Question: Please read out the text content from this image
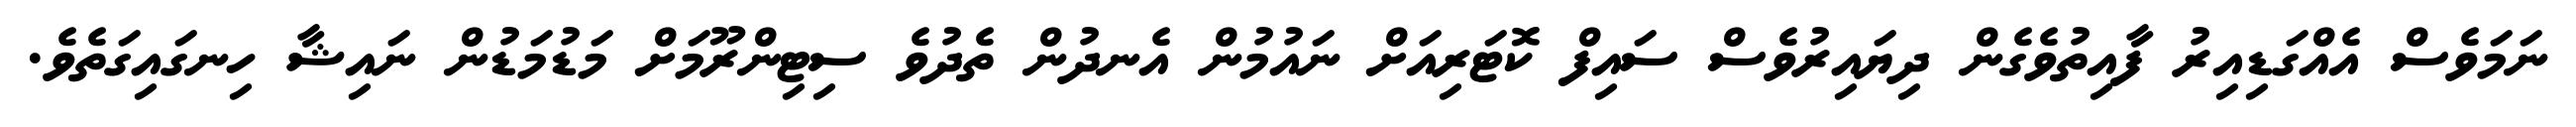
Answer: ނަމަވެސް އެއްގަޑިއިރު ފާއިތުވެގެން ދިޔައިރުވެސް ސައިފް ކޮޓަރިއަށް ނައުމުން އެނދުން ތެދުވެ ސިޓިންރޫމަށް މަޑުމަޑުން ނައިޝާ ހިނގައިގަތެވެ.